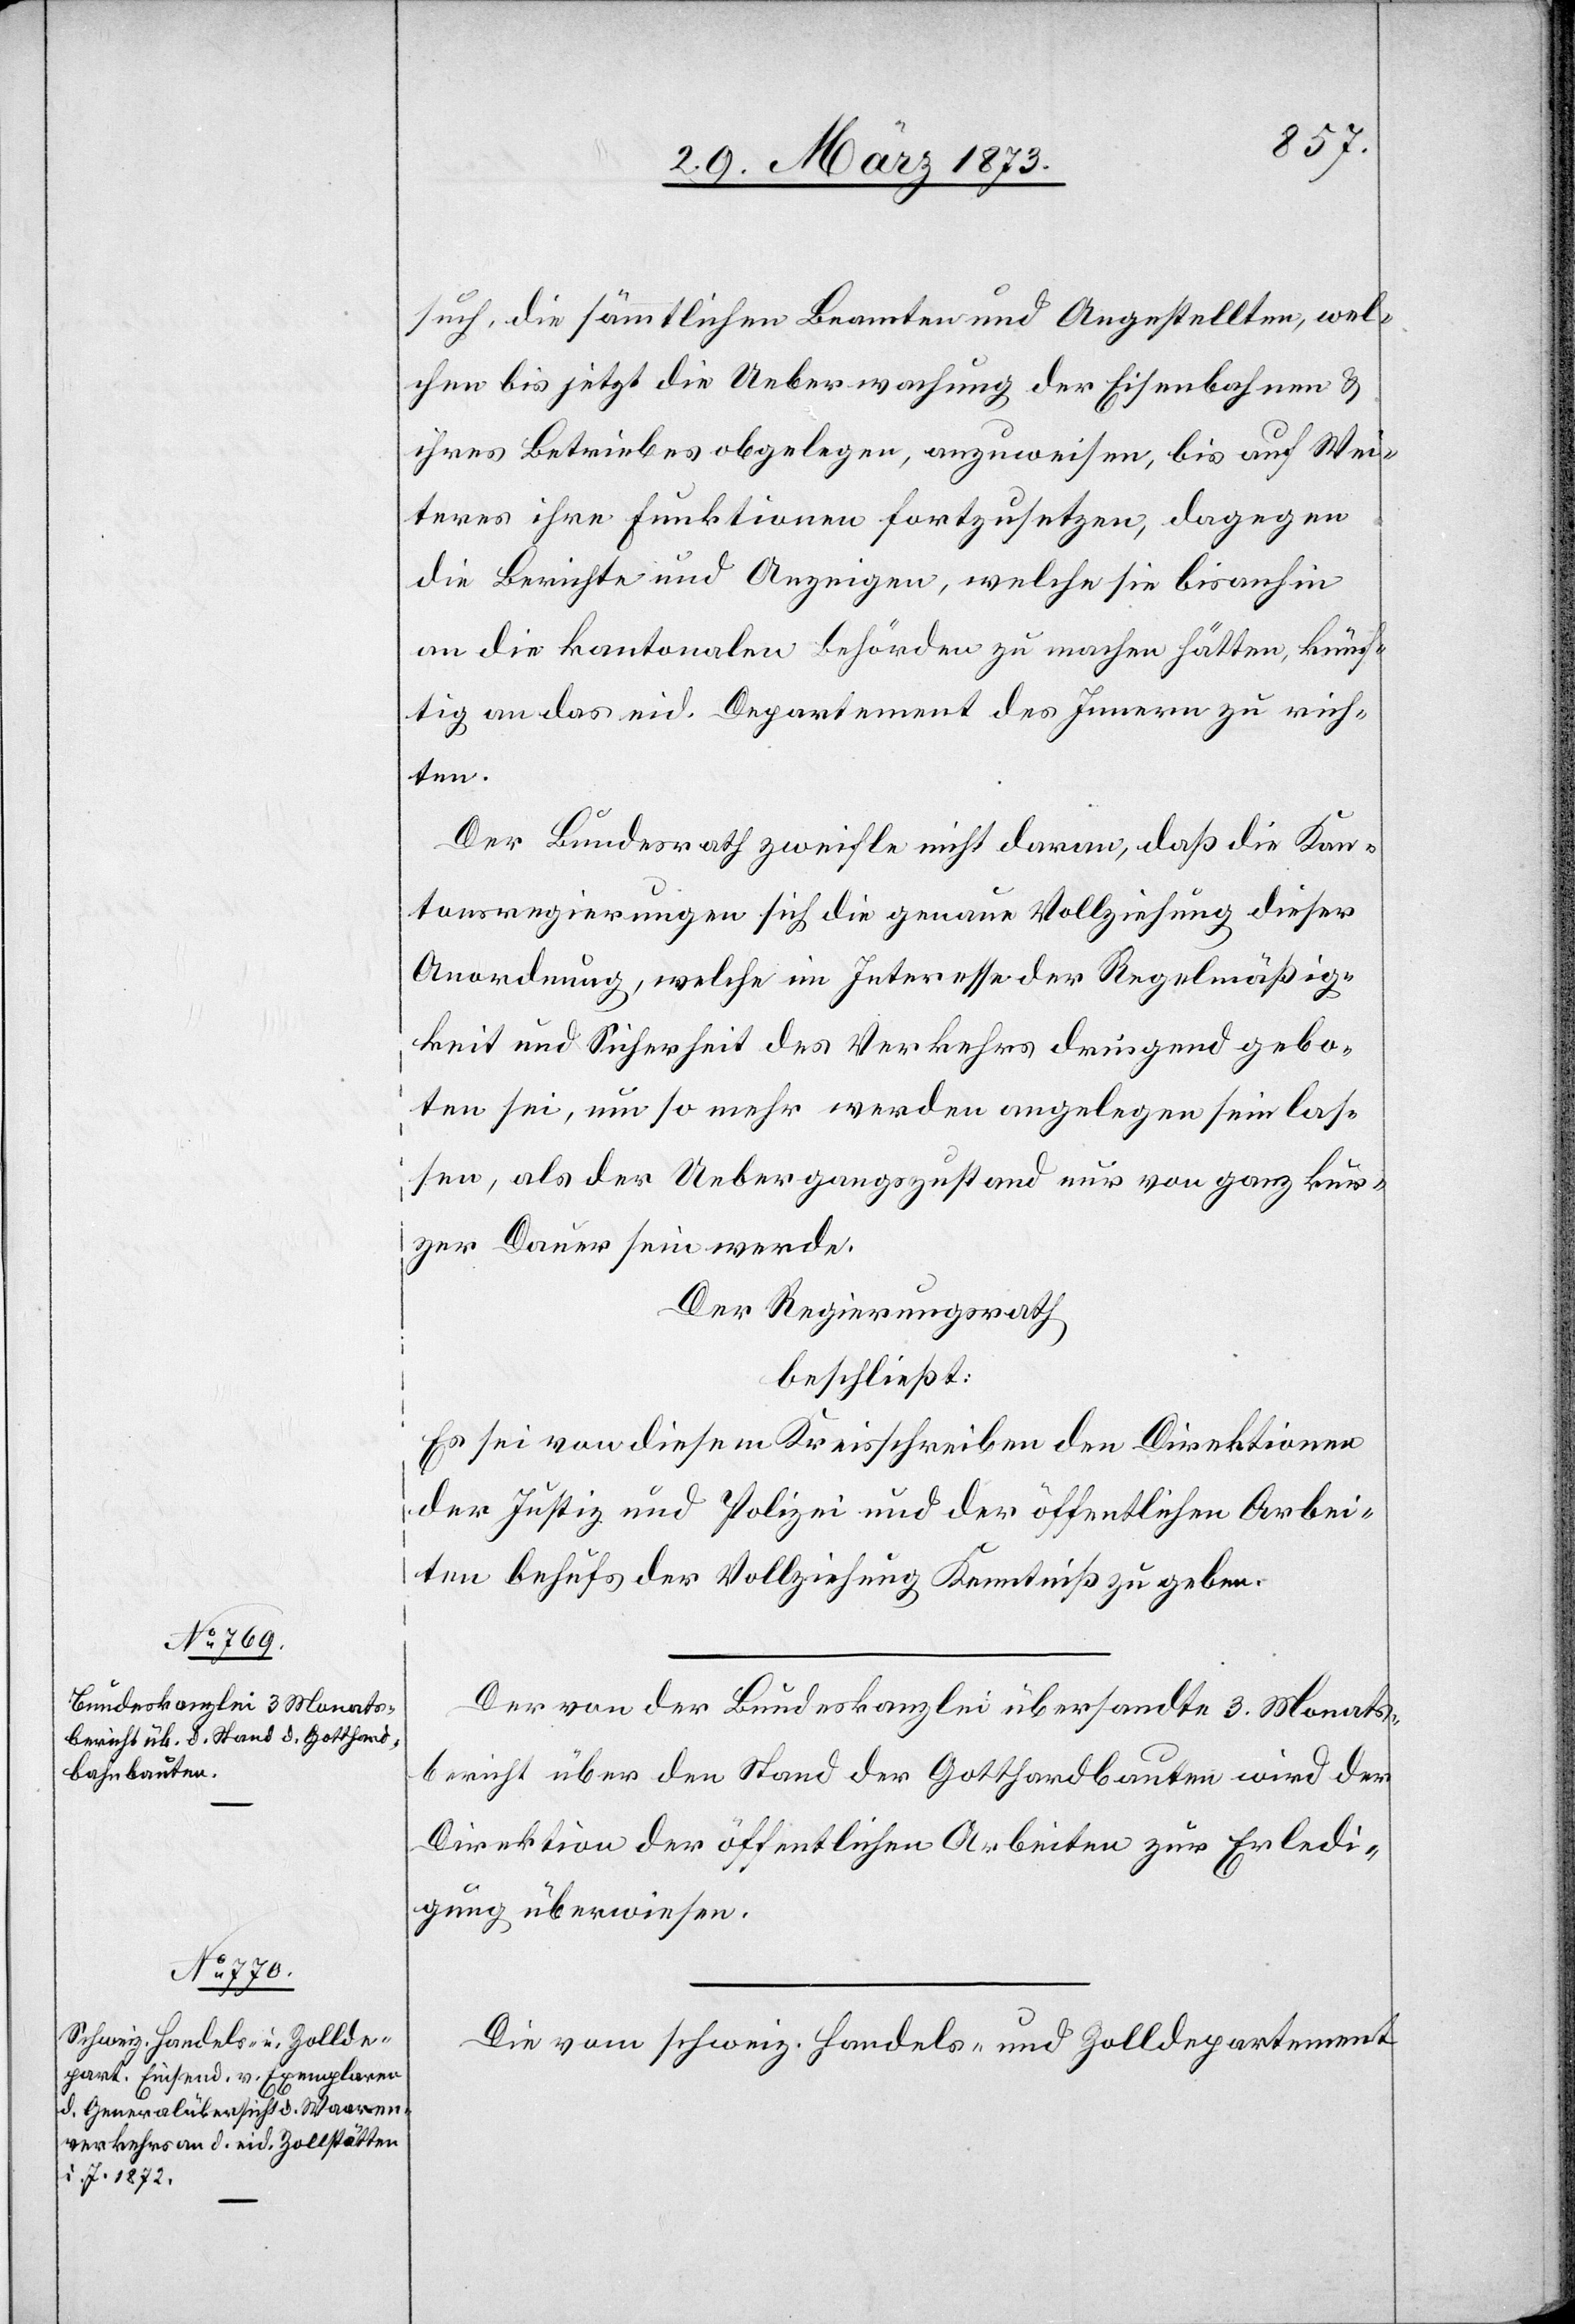
such, die sämmtlichen Beamten und Angestellten, wel¬
chen bis jetzt die Ueberwachung der Eisenbahnen u.
ihres Betriebes obgelegen, anzuweisen, bis auf Wei¬
teres ihre Funktionen fortzusetzen, dagegen
die Berichte und Anzeigen, welche sie bisanhin
an die kantonalen Behörden zu machen hätten, künf¬
tig an das eid. Departement des Innern zu rich¬
ten.
Der Bundesrath zweifle nicht daran, daß die Kan¬
tonsregierungen sich die genaue Vollziehung dieser
Anordnung, welche im Interesse der Regelmäßig¬
keit und Sicherheit des Verkehrs dringend gebo¬
ten sei, um so mehr werden angelegen sein las¬
sen, als der Uebergangszustand nur von ganz kur¬
zer Dauer sein werde.
Der Regierungsrath
beschließt:
Es sei von diesem Kreisschreiben den Direktionen
der Justiz und Polizei und der öffentlichen Arbei¬
ten behufs der Vollziehung Kenntniß zu geben.
Der von der Bundeskanzlei übersandte 3. Monats¬
bericht über den Stand der Gotthardbauten wird der
Direktion der öffentlichen Arbeiten zur Erledi¬
gung überwiesen.
Die vom schweiz. Handels- und Zolldepartement